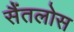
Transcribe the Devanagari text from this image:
सैंतलोस